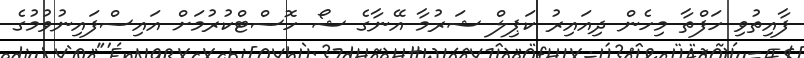
ފާއިތުވި ހަފްތާ މިހެން ދިއައިރު ކަޕިލް ޝަރުމާ އޭނާގެ ޝޯ ހޮސްޓްކުރުމަށް އައިސްފައިނުވުމުގެ